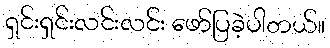
ရှင်းရှင်းလင်းလင်း ဖော်ပြခဲ့ပါတယ်။